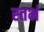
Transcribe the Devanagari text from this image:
स्तभं